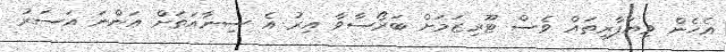
އެހެން ވިޔަފާރިތައް ވެސް ޓޫރިޒަމަށް ބަރޯސާވާ އިރު އެ ސިނާއަތަށް އަންނަ އަސަރު